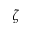
\zeta